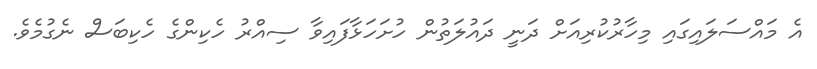
އެ މައްސަލައިގައި މިހާރުކުރިއަށް ދަނީ ދައުލަތުން ހުށަހަޅާފައިވާ ސިއްރު ހެކިންގެ ހެކިބަސް ނެގުމެވެ.